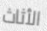
الأثاث